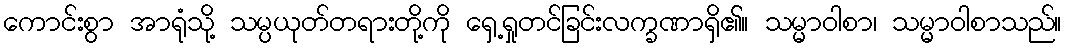
ကောင်းစွာ အာရုံသို့ သမ္ပယုတ်တရားတို့ကို ရှေ့ရှုတင်ခြင်းလက္ခဏာရှိ၏။ သမ္မာဝါစာ၊ သမ္မာဝါစာသည်။